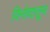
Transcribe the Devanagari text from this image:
विनोदातून